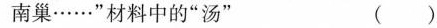
南巢······“材料中的“汤”（）